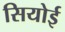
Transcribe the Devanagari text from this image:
सियोई